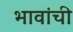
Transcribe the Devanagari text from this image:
भावांची